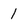
Character: l